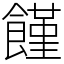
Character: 饉